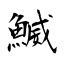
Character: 鰄